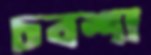
চবশা